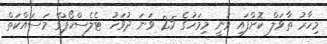
މިހާރު ތާވަލް ކޮށްފައި ވަނީ މިމަހުގެ 25 ވަނަ ދުވަހު ޓެލެސްކޯޕްގެ މަސައްކަތް